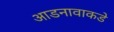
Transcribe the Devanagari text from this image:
आडनावाकडे